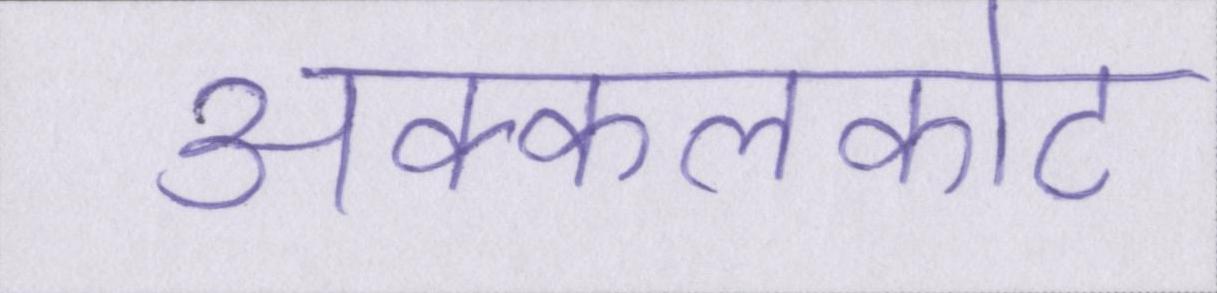
अक्कलकोट